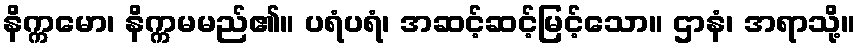
နိက္ကမော၊ နိက္ကမမည်၏။ ပရံပရံ၊ အဆင့်ဆင့်မြင့်သော။ ဌာနံ၊ အရာသို့။